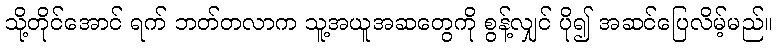
သို့တိုင်အောင် ရက် ဘတ်တလာက သူ့အယူအဆတွေကို စွန့်လျှင် ပို၍ အဆင်ပြေလိမ့်မည်။